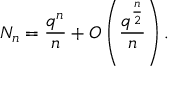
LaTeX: N _ { n } = { \frac { q ^ { n } } { n } } + O \left( { \frac { q ^ { \frac { n } { 2 } } } { n } } \right) .